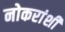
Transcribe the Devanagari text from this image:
नोकरांशी